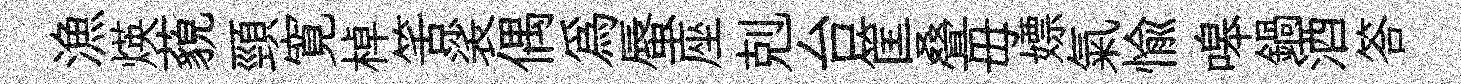
漁煐藐頸寛棹筈裟偶爲蜃座剋台筐叠毋嫖氣愉嗥鍋酒答